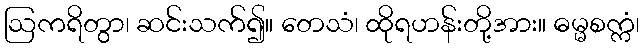
ဩကရိတွာ၊ ဆင်းသက်၍။ တေသံ၊ ထိုရဟန်းတို့အား။ ဓမ္မစက္ကံ၊